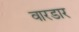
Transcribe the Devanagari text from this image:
वारडार